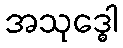
အသုဒ္ဓေါ